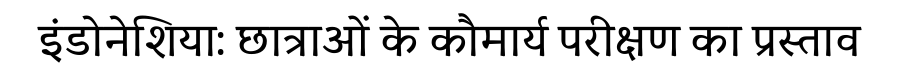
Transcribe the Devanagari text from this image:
इंडोनेशिया: छात्राओं के कौमार्य परीक्षण का प्रस्ताव